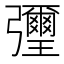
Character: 㣆